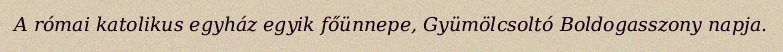
A római katolikus egyház egyik főünnepe, Gyümölcsoltó Boldogasszony napja.